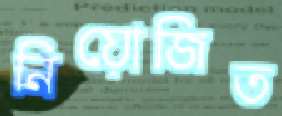
নিয়োজিত